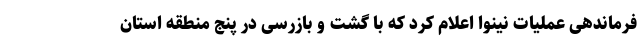
فرماندهی عملیات نینوا اعلام کرد که با گشت و بازرسی در پنج منطقه استان